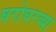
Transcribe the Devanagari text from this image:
घरोघरच्या